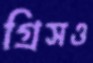
গ্রিসও